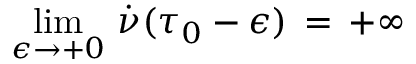
\operatorname * { l i m } _ { \epsilon \rightarrow + 0 } \, \dot { \nu } ( \tau _ { 0 } - \epsilon ) \, = \, + \infty